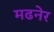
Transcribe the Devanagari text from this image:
मढनेर